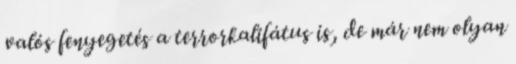
valós fenyegetés a terrorkalifátus is, de már nem olyan